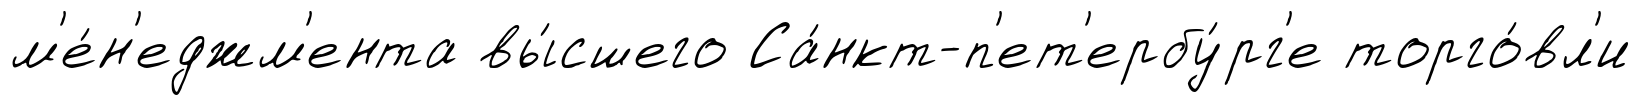
м'е́н'еджм'ента вы́сшего Са́нкт-п'ет'ербу́рг'е торго́вл'и